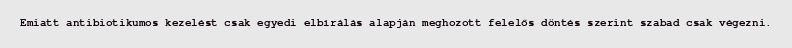
Emiatt antibiotikumos kezelést csak egyedi elbírálás alapján meghozott felelős döntés szerint szabad csak végezni.